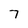
Character: 7